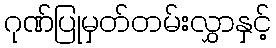
ဂုဏ်ပြုမှတ်တမ်းလွှာနှင့်